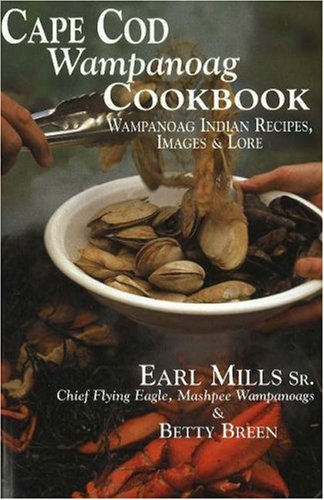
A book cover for Cape Cod Wampanoag Cookbook: Traditional New England & Indian Recipes, Images & Lore; Earl Mills; Cookbooks, Food & Wine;